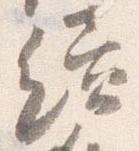
続